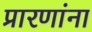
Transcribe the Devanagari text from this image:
प्रारणांना